King Institute of Preventive Medicine Micro-Biological Section reports 1912-19
Year: 1912
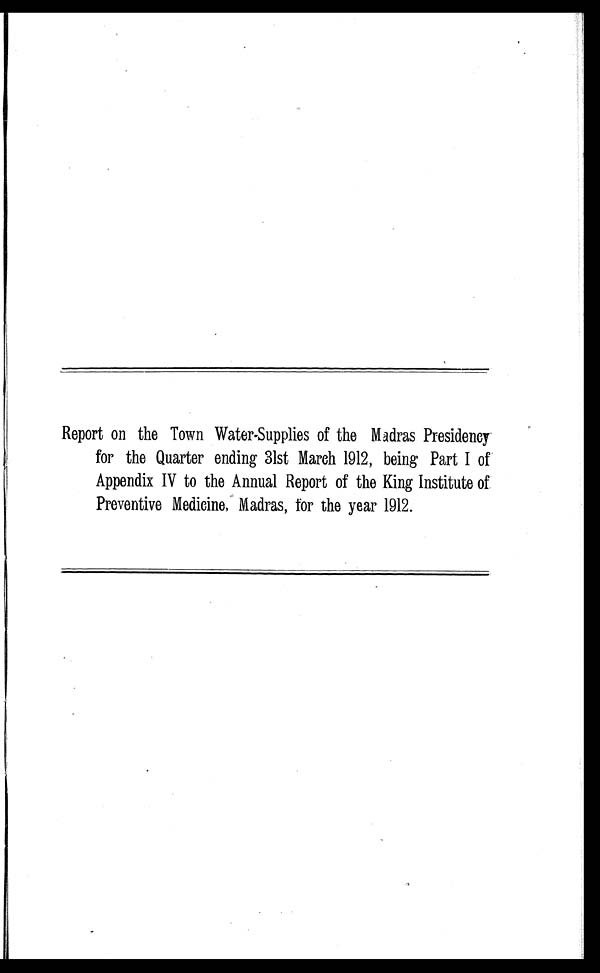
Report on the Town Water-Supplies of the Madras Presidency
for the Quarter ending 31st March 1912, being Part I of
Appendix IV to the Annual Report of the King Institute of.
Preventive Medicine: Madras, for the year 1912.